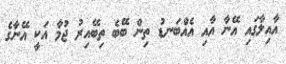
އާއިލާގައި އޭނާ އާއި އެއްބަނޑު ތިން ބޭބެ ތިބޭއިރު ޖުމާ އަކީ އޭނާގެ